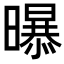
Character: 𭨃